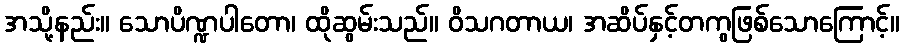
အသို့နည်း။ သောပိဏ္ဍပါတော၊ ထိုဆွမ်းသည်။ ဝိသဂတာယ၊ အဆိပ်နှင့်တကွဖြစ်သောကြောင့်။